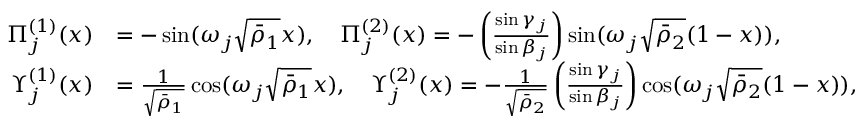
\begin{array} { r l } { \Pi _ { j } ^ { ( 1 ) } ( x ) } & { = - \sin ( \omega _ { j } \sqrt { \bar { \rho } _ { 1 } } x ) , \quad \Pi _ { j } ^ { ( 2 ) } ( x ) = - \left( \frac { \sin \gamma _ { j } } { \sin \beta _ { j } } \right) \sin ( \omega _ { j } \sqrt { \bar { \rho } _ { 2 } } ( 1 - x ) ) , } \\ { \Upsilon _ { j } ^ { ( 1 ) } ( x ) } & { = \frac { 1 } { \sqrt { \bar { \rho } _ { 1 } } } \cos ( \omega _ { j } \sqrt { \bar { \rho } _ { 1 } } x ) , \quad \Upsilon _ { j } ^ { ( 2 ) } ( x ) = - \frac { 1 } { \sqrt { \bar { \rho } _ { 2 } } } \left( \frac { \sin \gamma _ { j } } { \sin \beta _ { j } } \right) \cos ( \omega _ { j } \sqrt { \bar { \rho } _ { 2 } } ( 1 - x ) ) , } \end{array}